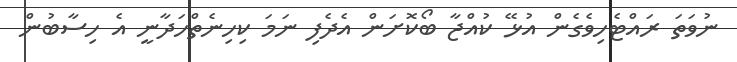
ނުވަތަ ރައްޓެހިވެގެން އުޅޭ ކުއްޖާ ބޯކޮށަން އެދެފި ނަމަ ކިހިނެތްހަދާނީ އެ ހިސާބުން